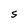
Character: S